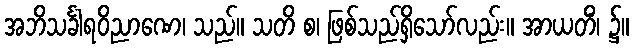
အဘိသင်္ခါရဝိညာဏေ၊ သည်။ သတိ စ၊ ဖြစ်သည်ရှိသော်လည်း။ အာယတိံ၊ ၌။